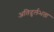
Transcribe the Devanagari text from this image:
अतिदुर्लभता